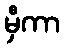
မှီကာ